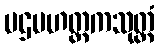
ပဌမဟတ္ထကသုတ္တံ